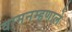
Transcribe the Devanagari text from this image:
वामनम्हणाले